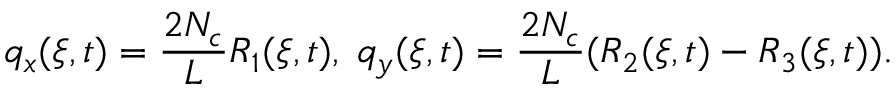
q _ { x } ( \xi , t ) = \frac { 2 N _ { c } } { L } R _ { 1 } ( \xi , t ) , \; q _ { y } ( \xi , t ) = \frac { 2 N _ { c } } { L } ( R _ { 2 } ( \xi , t ) - R _ { 3 } ( \xi , t ) ) .